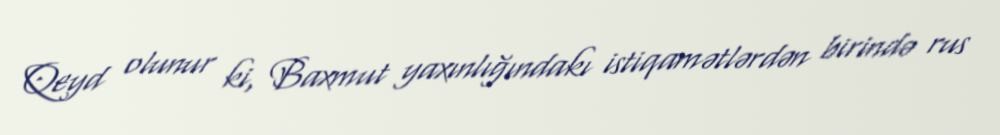
Qeyd olunur ki, Baxmut yaxınlığındakı istiqamətlərdən birində rus